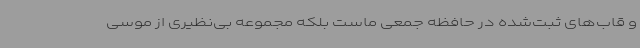
و قاب‌های ثبت‌شده در حافظه جمعی ماست بلکه مجموعه بی‌نظیری از موسی